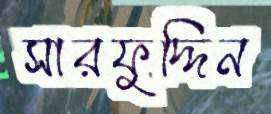
সারফুদ্দিন